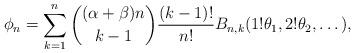
LaTeX: \begin{align*} \phi_n = \sum_{k=1}^{n} \binom{(\alpha + \beta)n}{k-1} \frac{(k-1)!}{n!} B_{n, k}(1! \theta_1,2! \theta_2,\dots),\end{align*}